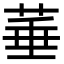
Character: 菙